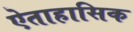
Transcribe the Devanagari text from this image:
ऐताहासिक